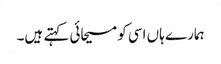
ہمارے ہاں اسی کو مسیحائی کہتے ہیں۔